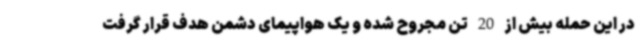
در این حمله بیش از 20 تن مجروح شده و یک هواپیمای دشمن هدف قرار گرفت